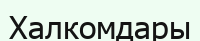
Халкомдары